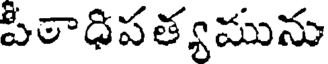
పీఠాధిపత్యమును